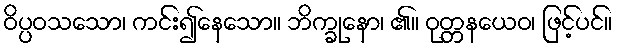
ဝိပ္ပဝသသော၊ ကင်း၍နေသော။ ဘိက္ခုနော၊ ၏။ ဝုတ္တနယေဝ၊ ဖြင့်ပင်။